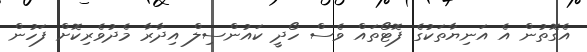
އެގޮތުން އެ އަނިޔާތަކުގެ ފޮޓޯތައް ވެސް ހޯދީ ކައުންސިލް އިދާރާ މެދުވެރިކޮށް ފަހުން